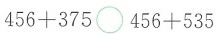
$$4 5 6 + 3 7 5 \circ 4 5 6 + 5 3 5$$